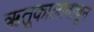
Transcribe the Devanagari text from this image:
ऋतूकालावाचून